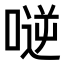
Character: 𠸺